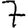
Digit: 7